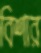
বিশার